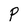
Character: P